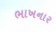
ભાખનાર